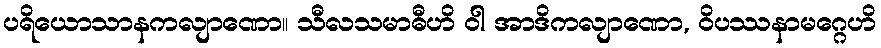
ပရိယောသာနကလျာဏော။ သီလသမာဓီဟိ ဝါ အာဒိကလျာဏော, ဝိပဿနာမဂ္ဂေဟိ